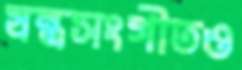
যন্ত্রসংগীতও